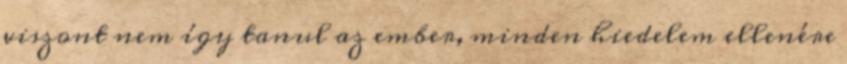
viszont nem így tanul az ember, minden hiedelem ellenére